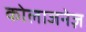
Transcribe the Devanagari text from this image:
कोलाजनेज़